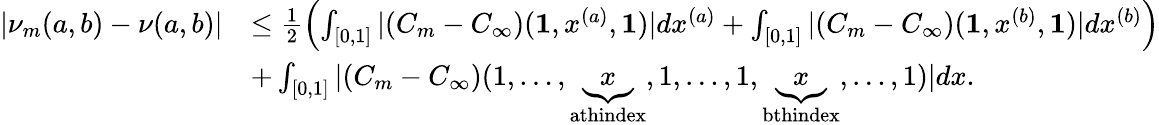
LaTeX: \begin{array}{rl}{\left|\nu_{m}(a,b)-\nu(a,b)\right|}&{\leq\frac{1}{2}\left(\int_{[0,1]}|(C_{m}-C_{\infty})(\textbf{1},x^{(a)},\textbf{1})|dx^{(a)}+\int_{[0,1]}|(C_{m}-C_{\infty})(\textbf{1},x^{(b)},\textbf{1})|dx^{(b)}\right)}\\ &{+\int_{[0,1]}|(C_{m}-C_{\infty})(1,\dots,\underbrace{x}_{\textrm{athindex}},1,\dots,1,\underbrace{x}_{\textrm{bthindex}},\dots,1)|dx.}\end{array}